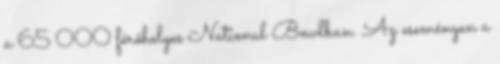
a 65 000 férőhelyes National Bowlban. Az eseményen a